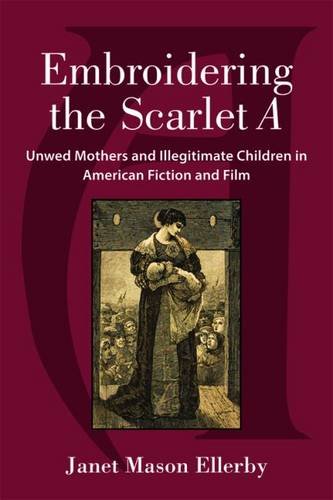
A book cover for Embroidering the Scarlet A: Unwed Mothers and Illegitimate Children in American Fiction and Film; Janet Mason Ellerby; Gay & Lesbian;